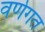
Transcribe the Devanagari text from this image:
वर्णगत